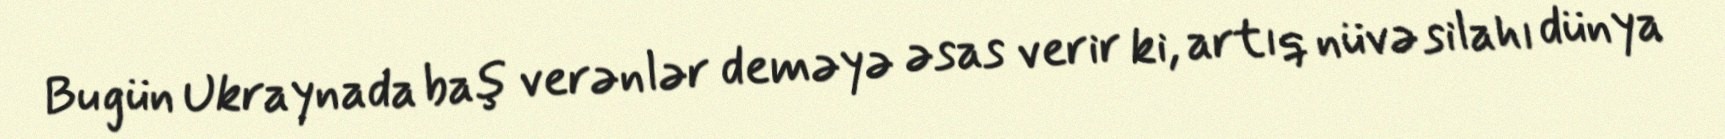
Bu gün Ukraynada baş verənlər deməyə əsas verir ki, artıq nüvə silahı dünya